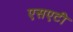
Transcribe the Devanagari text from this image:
एसएटी